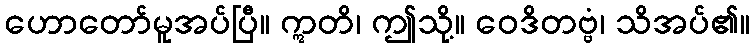
ဟောတော်မူအပ်ပြီ။ ဣတိ၊ ဤသို့။ ဝေဒိတဗ္ဗံ၊ သိအပ်၏။